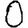
Digit: 0